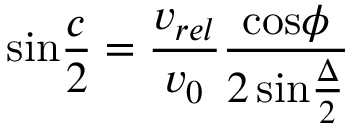
\mathrm { s i n } { \frac { c } { 2 } } = { \frac { v _ { r e l } } { v _ { 0 } } } { \frac { \mathrm { c o s } \phi } { 2 \, \mathrm { s i n } { \frac { \Delta } { 2 } } } }